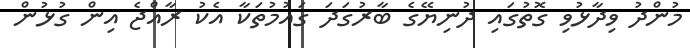
މުންދު ވިދާޅުވި ގޮތުގައި ދުނިޔޭގެ ބާރުގަދަ ގައުމުތަކާ އެކު ރާއްޖެ އިން ގުޅުން